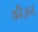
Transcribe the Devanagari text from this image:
कीज़न